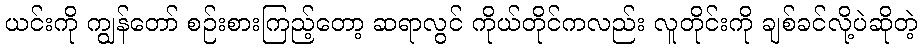
ယင်းကို ကျွန်တော် စဉ်းစားကြည့်တော့ ဆရာလွင် ကိုယ်တိုင်ကလည်း လူတိုင်းကို ချစ်ခင်လို့ပဲဆိုတဲ့